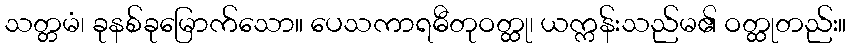
သတ္တမံ၊ ခုနစ်ခုမြောက်သော။ ပေသကာရဓီတုဝတ္ထု၊ ယက္ကန်းသည်မ၏ ဝတ္ထုတည်း။